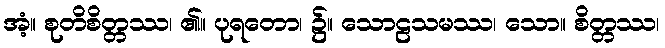
အံ့။ စုတိစိတ္တဿ၊ ၏။ ပုရတော၊ ၌။ သောဠသမဿ၊ သော။ စိတ္တဿ၊